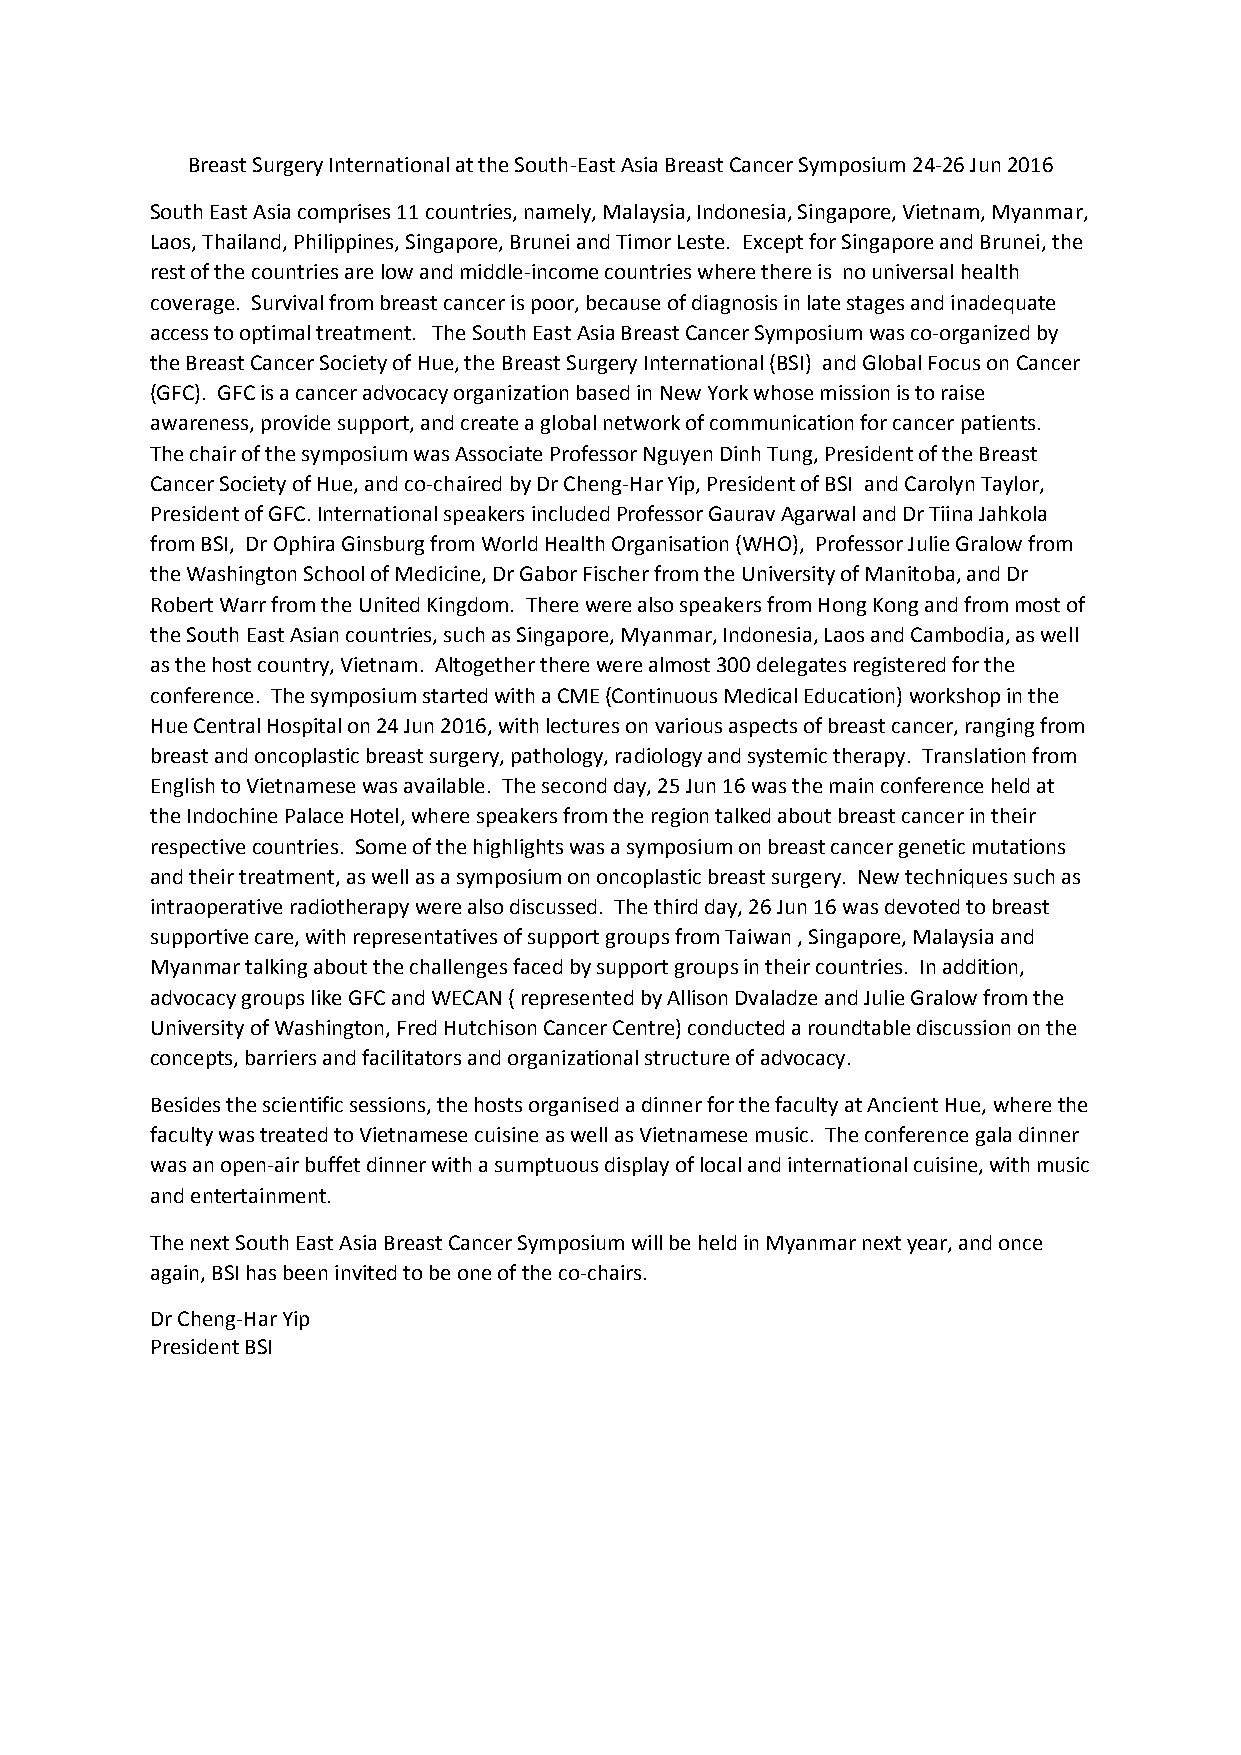
Breast Surgery International at the South-East Asia Breast Cancer Symposium 24-26 Jun 2016
 South East Asia comprises 11 countries, namely, Malaysia, Indonesia, Singapore, Vietnam, Myanmar,
 Laos, Thailand, Philippines, Singapore, Brunei and Timor Leste. Except for Singapore and Brunei, the
 rest of the countries are low and middle-income countries where there is no universal health
 coverage. Survival from breast cancer is poor, because of diagnosis in late stages and inadequate
 access to optimal treatment. The South East Asia Breast Cancer Symposium was co-organized by
 the Breast Cancer Society of Hue, the Breast Surgery International (BSI) and Global Focus on Cancer
 (GFC). GFC is a cancer advocacy organization based in New York whose mission is to raise
 awareness, provide support, and create a global network of communication for cancer patients.
 The chair of the symposium was Associate Professor Nguyen Dinh Tung, President of the Breast
 Cancer Society of Hue, and co-chaired by Dr Cheng-Har Yip, President of BSI and Carolyn Taylor,
 President of GFC. International speakers included Professor Gaurav Agarwal and Dr Tiina Jahkola
 from BSI, Dr Ophira Ginsburg from World Health Organisation (WHO), Professor Julie Gralow from
 the Washington School of Medicine, Dr Gabor Fischer from the University of Manitoba, and Dr
 Robert Warr from the United Kingdom. There were also speakers from Hong Kong and from most of
 the South East Asian countries, such as Singapore, Myanmar, Indonesia, Laos and Cambodia, as well
 as the host country, Vietnam. Altogether there were almost 300 delegates registered for the
 conference. The symposium started with a CME (Continuous Medical Education) workshop in the
 Hue Central Hospital on 24 Jun 2016, with lectures on various aspects of breast cancer, ranging from
 breast and oncoplastic breast surgery, pathology, radiology and systemic therapy. Translation from
 English to Vietnamese was available. The second day, 25 Jun 16 was the main conference held at
 the Indochine Palace Hotel, where speakers from the region talked about breast cancer in their
 respective countries. Some of the highlights was a symposium on breast cancer genetic mutations
 and their treatment, as well as a symposium on oncoplastic breast surgery. New techniques such as
 intraoperative radiotherapy were also discussed. The third day, 26 Jun 16 was devoted to breast
 supportive care, with representatives of support groups from Taiwan , Singapore, Malaysia and
 Myanmar talking about the challenges faced by support groups in their countries. In addition,
 advocacy groups like GFC and WECAN ( represented by Allison Dvaladze and Julie Gralow from the
 University of Washington, Fred Hutchison Cancer Centre) conducted a roundtable discussion on the
 concepts, barriers and facilitators and organizational structure of advocacy.
 Besides the scientific sessions, the hosts organised a dinner for the faculty at Ancient Hue, where the
 faculty was treated to Vietnamese cuisine as well as Vietnamese music. The conference gala dinner
 was an open-air buffet dinner with a sumptuous display of local and international cuisine, with music
 and entertainment.
 The next South East Asia Breast Cancer Symposium will be held in Myanmar next year, and once
 again, BSI has been invited to be one of the co-chairs.
 Dr Cheng-Har Yip
 President BSI